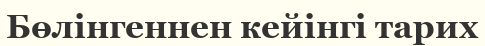
Бөлінгеннен кейінгі тарих